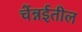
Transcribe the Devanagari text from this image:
चेंन्नईतील